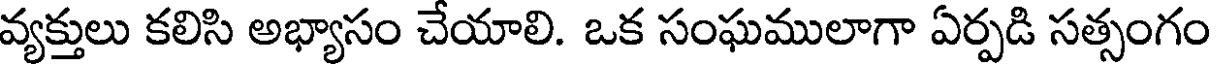
వ్యక్తులు కలిసి అభ్యాసం చేయాలి. ఒక సంఘములాగా ఏర్పడి సత్సంగం